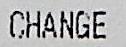
CHANGE